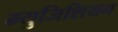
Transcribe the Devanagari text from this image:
म्युजिशियन